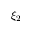
\xi _ { 2 }